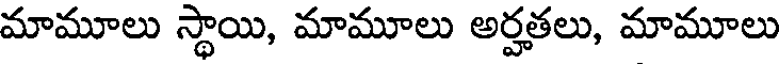
మామూలు స్థాయి, మామూలు అర్హతలు, మామూలు